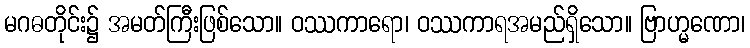
မဂဓတိုင်း၌ အမတ်ကြီးဖြစ်သော။ ဝဿကာရော၊ ဝဿကာရအမည်ရှိသော။ ဗြာဟ္မဏော၊